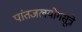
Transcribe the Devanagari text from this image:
पांतजलयोगसूत्रे